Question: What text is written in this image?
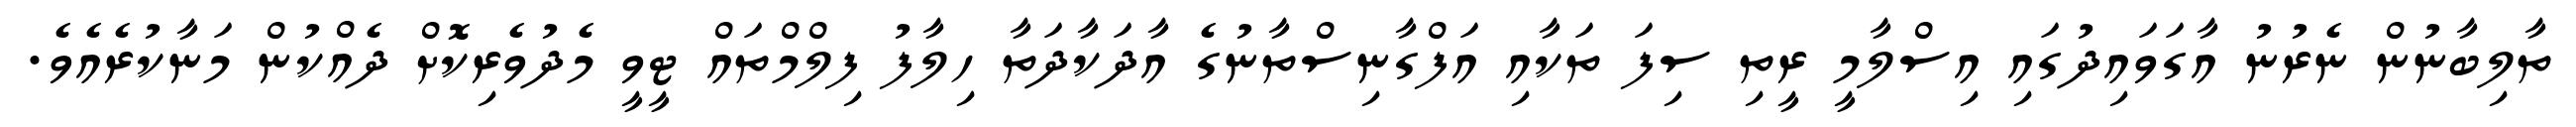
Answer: ތާލިބާނުން ނެރުނު އާގަވައިދުގައި އިސްލާމީ ރީތި ސިފަ ތަކާއި އަފްގާނިސްތާނުގެ އާދަކާދަތާ ހިލާފު ފިލްމްތައް ޓީވީ މެދުވެރިކޮށް ދެއްކުން މަނާކުރެއެވެ.